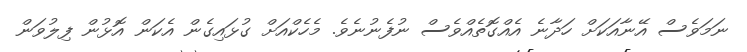
ނަމަވެސް އޭނާއަކަށް ހަދާނެ އެއްގޮތެއްވެސް ނުފެނުނެވެ. މެހެކްއަށް ގުޅައިގެން އެކަން އޮޅުން ފިލުވަން